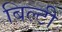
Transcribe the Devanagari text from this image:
बिल्टी